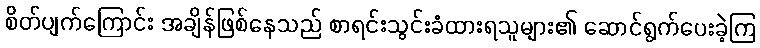
စိတ်ပျက်ကြောင်း အချိန်ဖြစ်နေသည် စာရင်းသွင်းခံထားရသူများ၏ ဆောင်ရွက်ပေးခဲ့ကြ